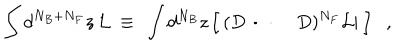
\int d ^ { N _ { B } + N _ { F } } z \, { \cal L } ~ \equiv ~ \int d ^ { N _ { B } } z \, \Big [ \, ( D \, \cdot \, \, \cdot \, \, \cdot \, D ) ^ { N _ { F } } { \cal L } | ~ \Big ] ,